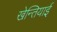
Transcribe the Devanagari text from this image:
खेन्तियाई